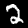
Digit: 2